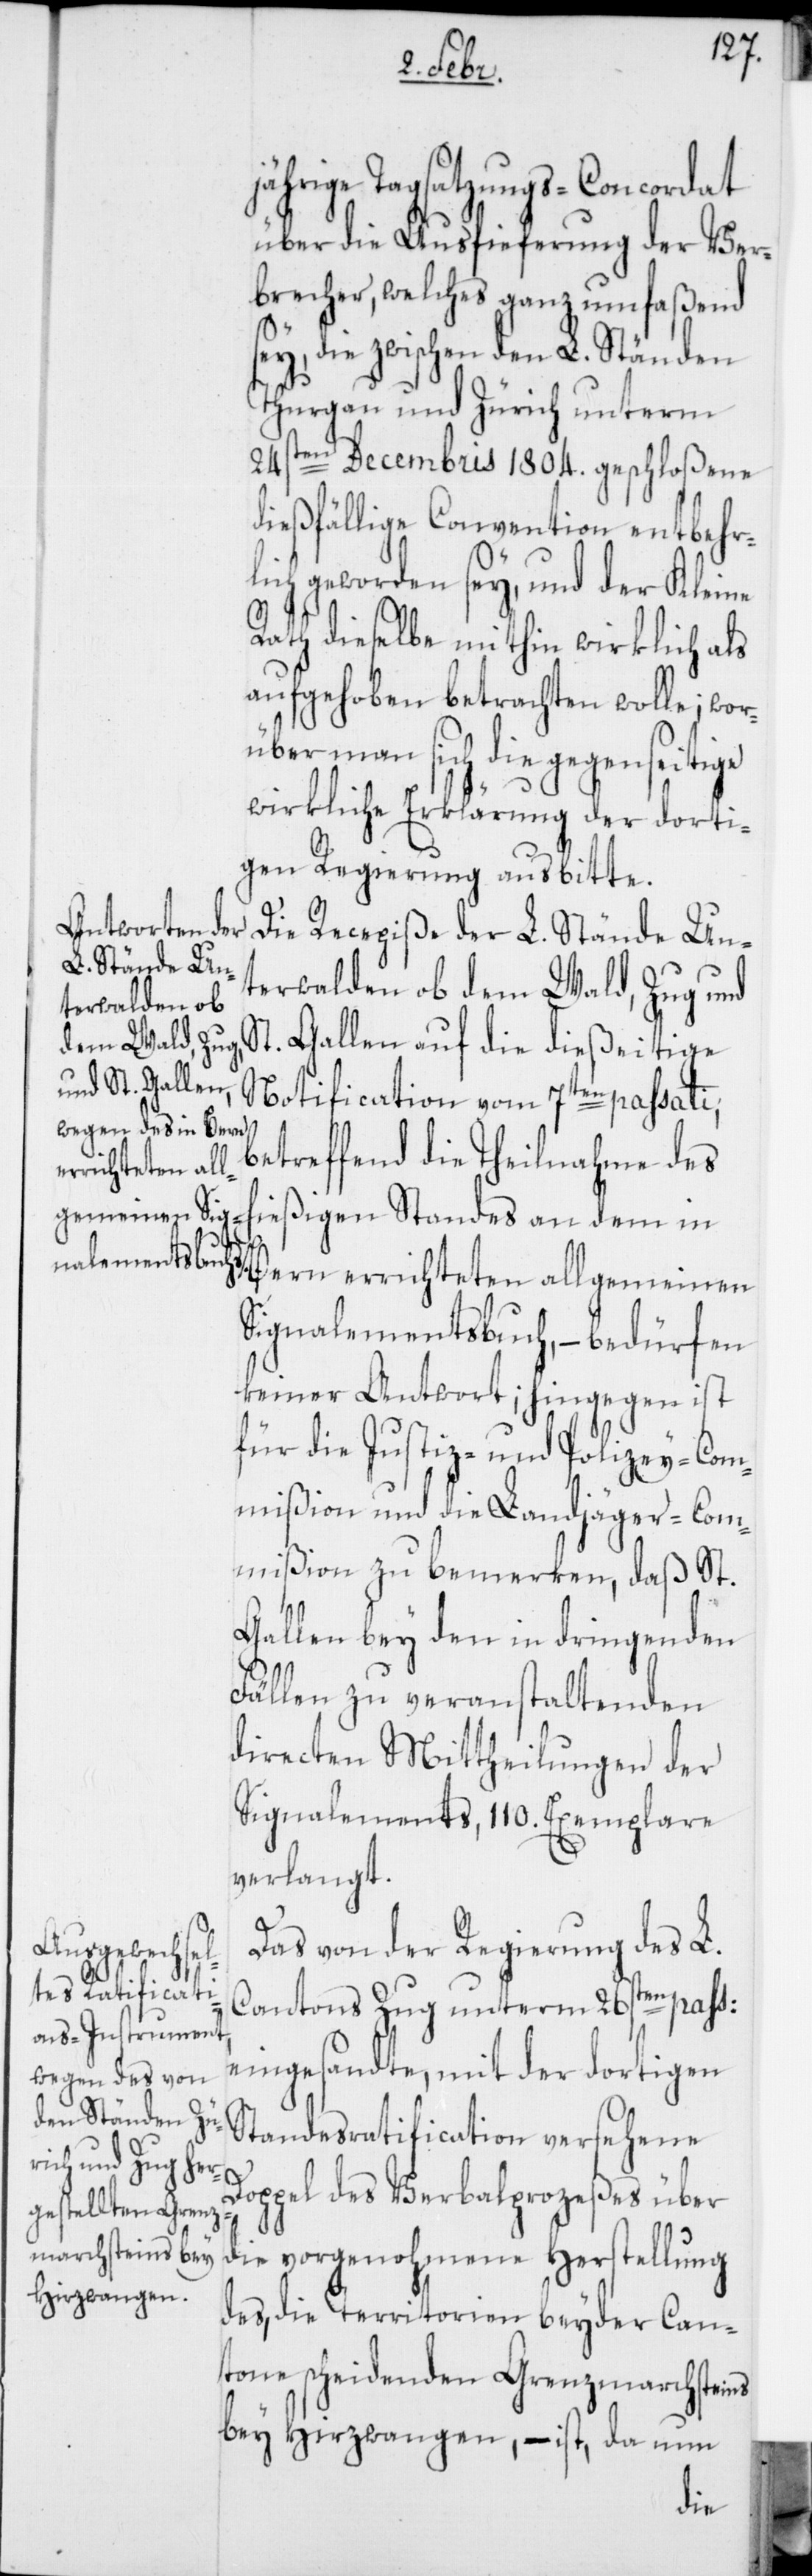
jährige Tagsatzungs-Concordat
über die Auslieferung der Ver¬
brecher, welches ganz umfaßend
sey, die zwischen den L. Ständen
Thurgau und Zürich unterm
24sten Decembris 1804. geschloßene
dießfällige Convention entbehrl¬
ich geworden sey, und der Kleine
Rath dieselbe mithin wirklich als
aufgehoben betrachten wolle; wor¬
über man sich die gegenseitige
wirkliche Erklärung der dorti¬
gen Regierung ausbitte.
Die Recepiße der L. Stände Un¬
terwalden ob dem Wald, Zug und
St. Gallen auf die dießeitige
Notification vom 7ten passati,
betreffend die Theilnahme des
hießigen Standes an dem in
Bern errichteten allgemeinen
Signalementsbuch, – bedürfen
keiner Antwort; hingegen ist
für die Justiz- und Polizey-Com¬
mißion und die Landjäger-Com¬
mißion zu bemerken, daß St.
Gallen bey den in dringenden
Fällen zu veranstaltenden
directen Mittheilungen der
Signalements, 110. Exemplare
verlangt.
Das von der Regierung des L.
Cantons Zug unterm 26sten paß:
eingesandte, mit der dortigen
Standesratification versehene
Doppel des Verbalprozeßes über
die vorgenohmene Herstellung
des, die Territorien beyder Can¬
tone scheidenden Grenzmarchsteins
bey Hirzwangen, – ist, da nun